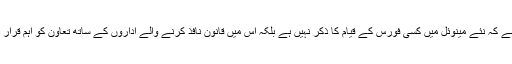
یہ امر اہم ہے کہ نئے مینوئل میں کسی فورس کے قیام کا ذکر نہیں ہے بلکہ اس میں قانون نافذ کرنے والے اداروں کے ساتھ تعاون کو اہم قرار دیا گیا ہے۔